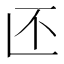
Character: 𱎁